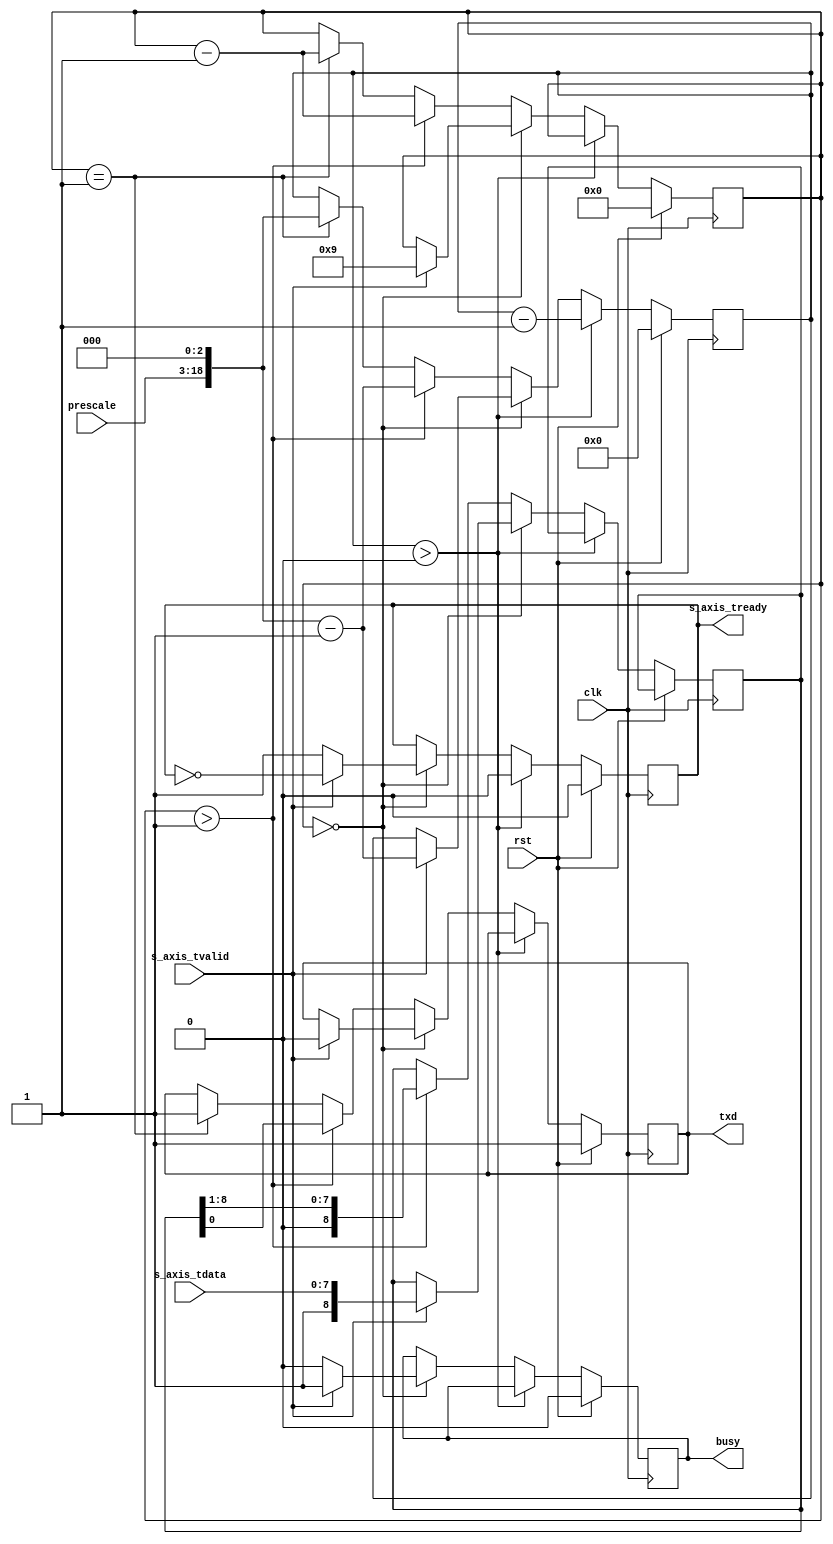
// This program was cloned from: https://github.com/alexforencich/xfcp
// License: MIT License

/*

Copyright (c) 2014-2017 Alex Forencich

Permission is hereby granted, free of charge, to any person obtaining a copy
of this software and associated documentation files (the "Software"), to deal
in the Software without restriction, including without limitation the rights
to use, copy, modify, merge, publish, distribute, sublicense, and/or sell
copies of the Software, and to permit persons to whom the Software is
furnished to do so, subject to the following conditions:

The above copyright notice and this permission notice shall be included in
all copies or substantial portions of the Software.

THE SOFTWARE IS PROVIDED "AS IS", WITHOUT WARRANTY OF ANY KIND, EXPRESS OR
IMPLIED, INCLUDING BUT NOT LIMITED TO THE WARRANTIES OF MERCHANTABILITY
FITNESS FOR A PARTICULAR PURPOSE AND NONINFRINGEMENT. IN NO EVENT SHALL THE
AUTHORS OR COPYRIGHT HOLDERS BE LIABLE FOR ANY CLAIM, DAMAGES OR OTHER
LIABILITY, WHETHER IN AN ACTION OF CONTRACT, TORT OR OTHERWISE, ARISING FROM,
OUT OF OR IN CONNECTION WITH THE SOFTWARE OR THE USE OR OTHER DEALINGS IN
THE SOFTWARE.

*/

// Language: Verilog 2001

`timescale 1ns / 1ps

/*
 * AXI4-Stream UART
 */
module uart_tx #
(
    parameter DATA_WIDTH = 8
)
(
    input  wire                   clk,
    input  wire                   rst,

    /*
     * AXI input
     */
    input  wire [DATA_WIDTH-1:0]  s_axis_tdata,
    input  wire                   s_axis_tvalid,
    output wire                   s_axis_tready,

    /*
     * UART interface
     */
    output wire                   txd,

    /*
     * Status
     */
    output wire                   busy,

    /*
     * Configuration
     */
    input  wire [15:0]            prescale
);

reg s_axis_tready_reg = 0;

reg txd_reg = 1;

reg busy_reg = 0;

reg [DATA_WIDTH:0] data_reg = 0;
reg [18:0] prescale_reg = 0;
reg [3:0] bit_cnt = 0;

assign s_axis_tready = s_axis_tready_reg;
assign txd = txd_reg;

assign busy = busy_reg;

always @(posedge clk) begin
    if (rst) begin
        s_axis_tready_reg <= 0;
        txd_reg <= 1;
        prescale_reg <= 0;
        bit_cnt <= 0;
        busy_reg <= 0;
    end else begin
        if (prescale_reg > 0) begin
            s_axis_tready_reg <= 0;
            prescale_reg <= prescale_reg - 1;
        end else if (bit_cnt == 0) begin
            s_axis_tready_reg <= 1;
            busy_reg <= 0;

            if (s_axis_tvalid) begin
                s_axis_tready_reg <= !s_axis_tready_reg;
                prescale_reg <= (prescale << 3)-1;
                bit_cnt <= DATA_WIDTH+1;
                data_reg <= {1'b1, s_axis_tdata};
                txd_reg <= 0;
                busy_reg <= 1;
            end
        end else begin
            if (bit_cnt > 1) begin
                bit_cnt <= bit_cnt - 1;
                prescale_reg <= (prescale << 3)-1;
                {data_reg, txd_reg} <= {1'b0, data_reg};
            end else if (bit_cnt == 1) begin
                bit_cnt <= bit_cnt - 1;
                prescale_reg <= (prescale << 3);
                txd_reg <= 1;
            end
        end
    end
end

endmodule